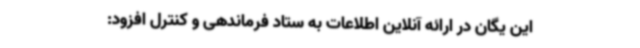
این یگان در ارائه ‌آنلاین اطلاعات به ستاد فرماندهی و کنترل افزود: